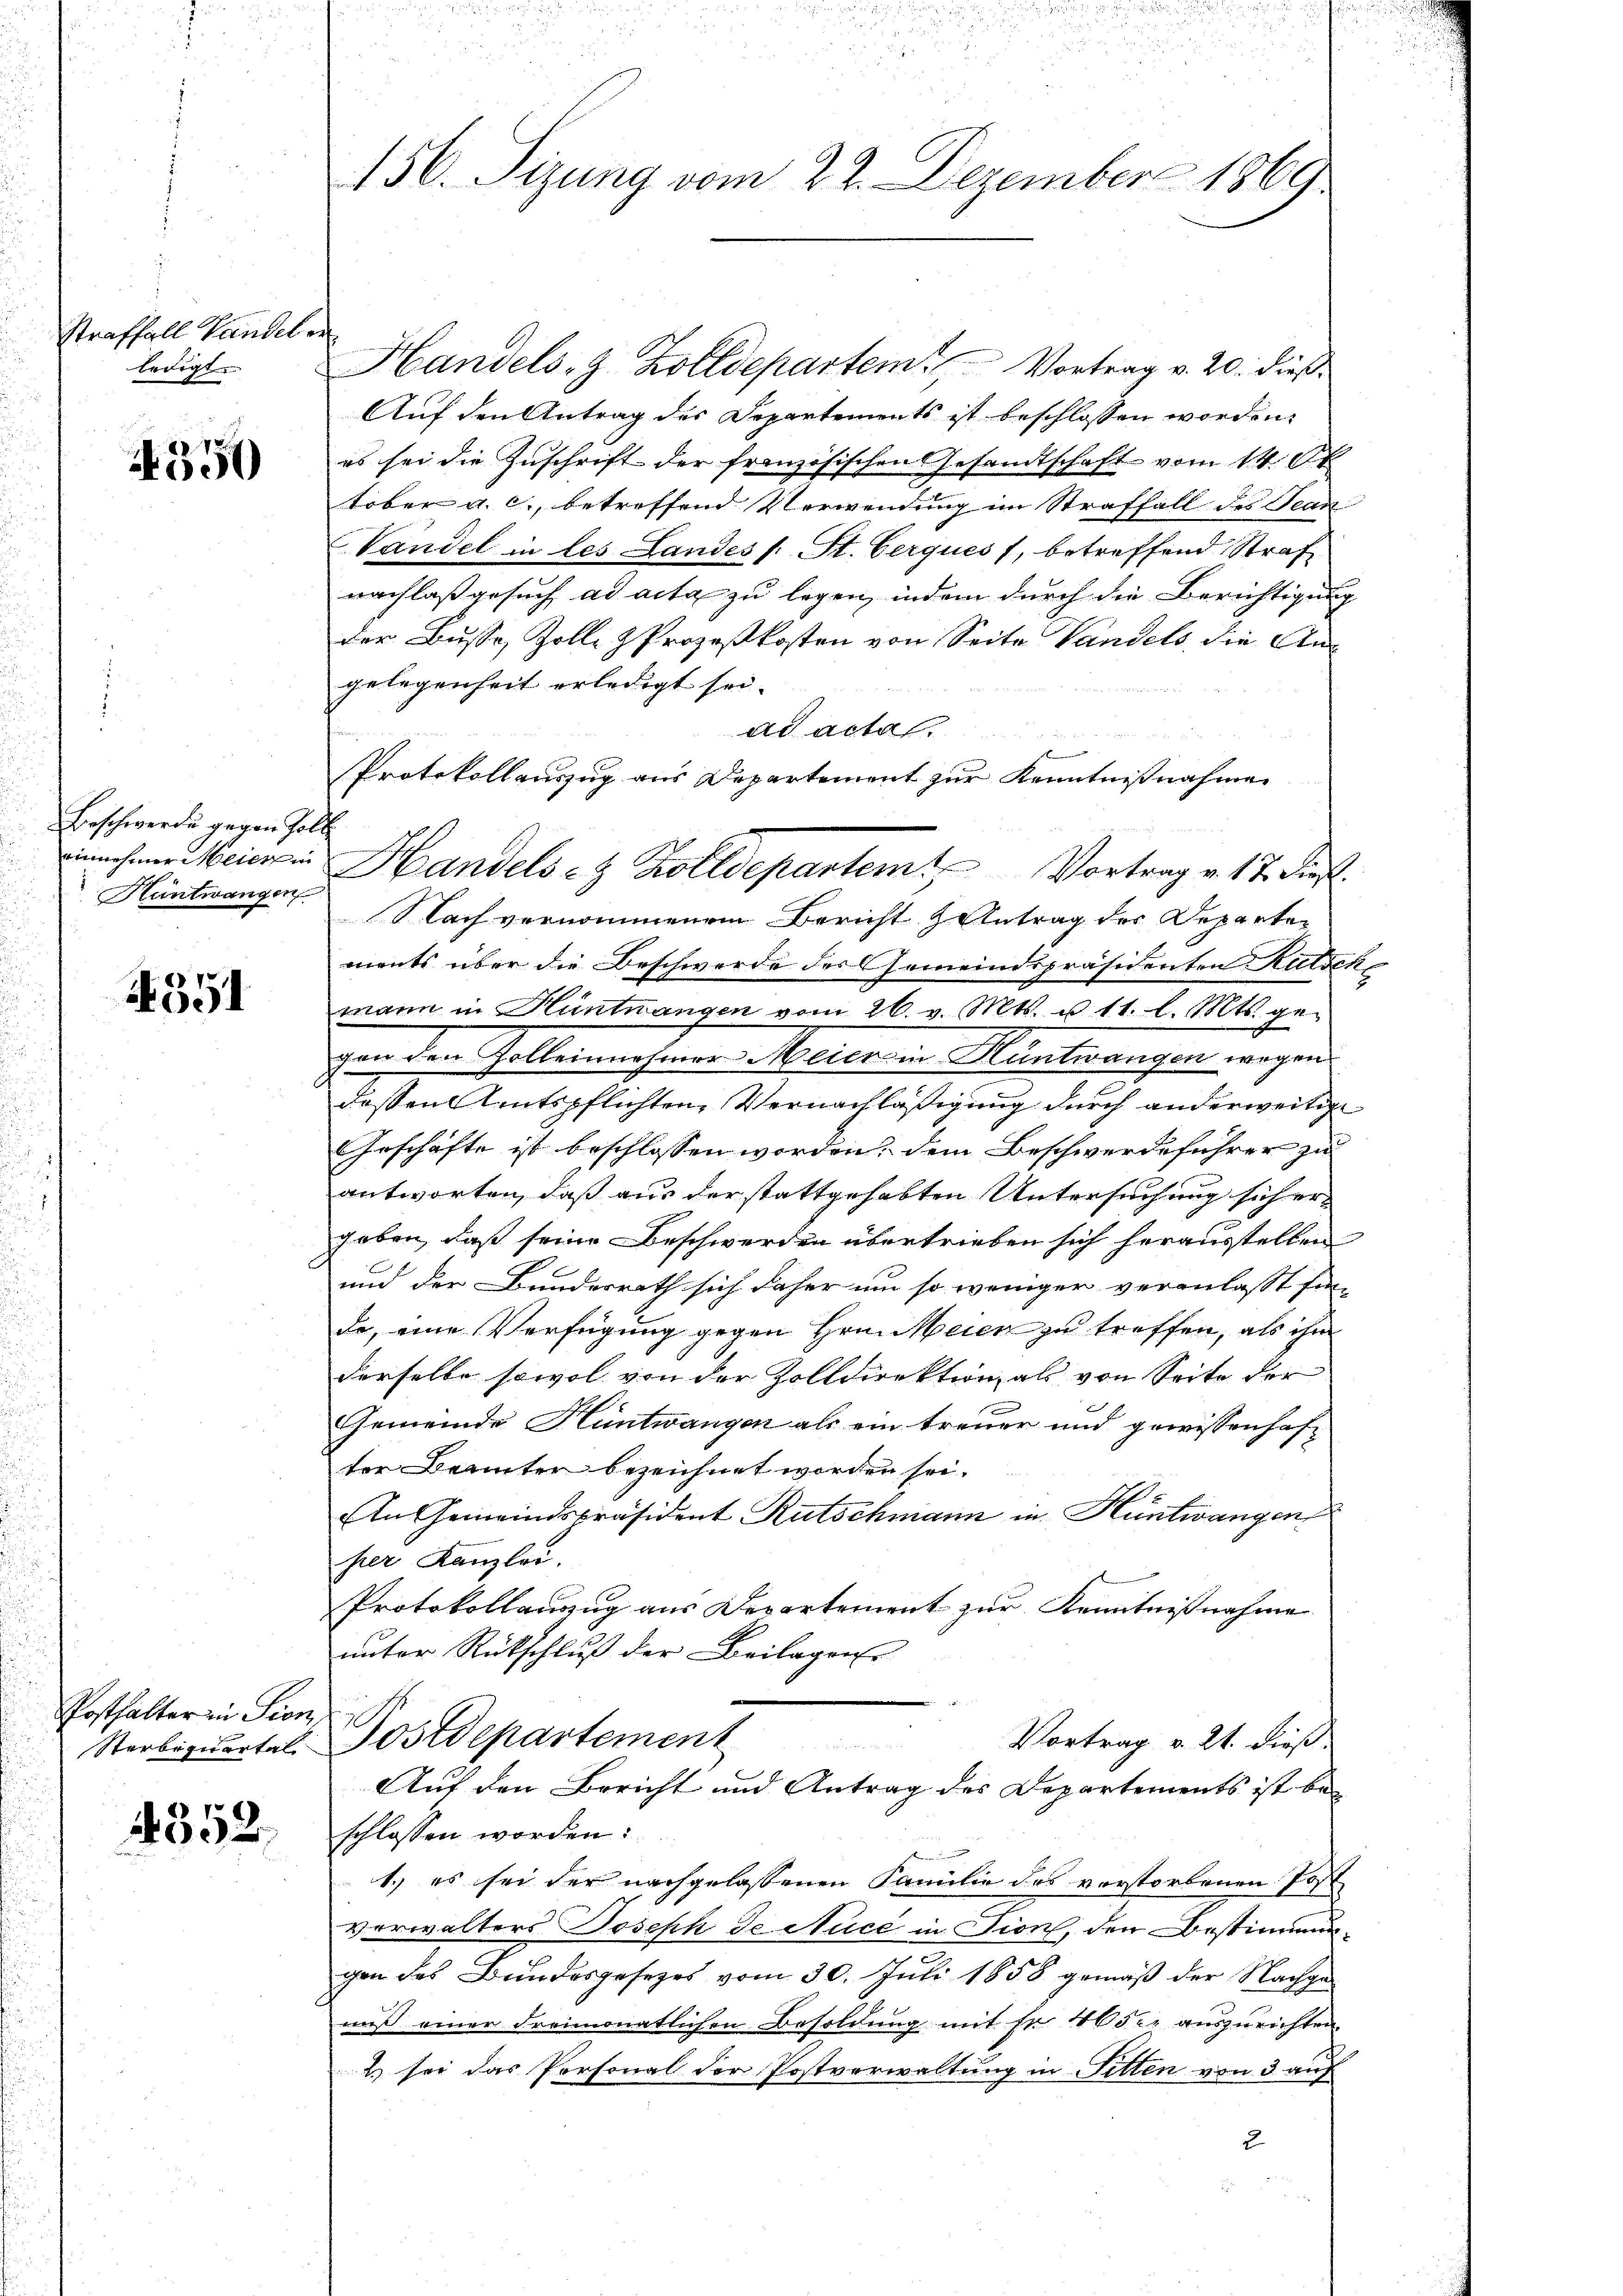
straffall Handel er

4550

Beschwerde gegen Zoll
einnehmer Meier in
Hüntwangen

351

Posthalter in Pion

2352.

2
156. Sizung vom 22. Dezember 1869

ledigt. Handels-G. Zolldepartem Vortrag v. 20. dieß¬
Auf den Antrag des Departements ist beschlossen worden.
es sei die Zuschrift der französischen Gesandtschaft vom 14. Ok
tober a. c., betreffend Verwendung im Straffall des Jean
Vandel in les Landes (: St. Cerques, betreffend Straf
nachlaß gesuch ad acta zu legen, indem durch die Berichtigung
der Busse, Zolle Prozeßkosten von Seite Vandels, die Angelegenheit erledigt sei.
ad acta.
e
Protokollauszug aus Departement zur Kenntnißnahmen
Nach vernommenem Bericht Zentrag des Departen
ments über die Beschwerde des Gemeindspräsidenten Kitsin
mann in Hüntwangen vom 26. v. Mts. u 11. l. Mts. gegen den Zollennehmer Meier in Müntwangen wegen
dessen Amtspflichten, Vernachläßigung durch anderweitige
Geschäfte ist beschlossen worden, dem Beschwerdeführer zu
antworten, daß aus der stattgehabten Untersuchung sich er-
geben, daß seine Beschwerden übertrieben sich herausstellen
und der Bundesrath sich daher um so weniger veranlasst hin-
de, eine Verfügung gegen Hrn. Meier zu treffen, als ihm
derselbe sowol von der Zolldirektion, als von Seite der
Gemeinde Hüntwangen als ein treuer und gewissenhaft
ter Beamten bezeichnet worden sei.
In Gemeindspräsident Rutschmann in Hüntwangen
her Kanzlei.
Protokollanzug aus Departement zur Kenntnißnahme
unter Rückschluß der Beilagen
Vortrag v. 21. dieß
Sterbiquartal Postdepartement
Auf den Bericht und Antrag des Departements ist beschlossen worden:

1.) es sei der nachgelassenen Familie des vorstorbenen Post
verwalters Joseph Se. Auch in Fion, den Bestimmungen des Bundesgesetzes vom 30. Juli 1858 gemäβ der Nachgeniß einer dreimonatlichen Besoldung mit Fr. 105. auszurichten.
2) sei das Personal der Postverwaltung in Sitten von 3 auf
2

Handels- & Zolldepartem Vortrag v. 17. dies